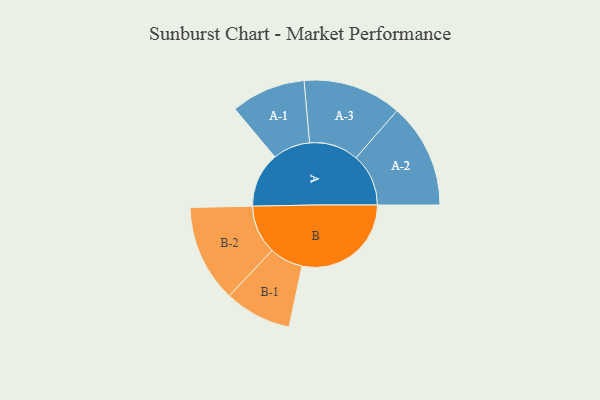
{"axis": {"x": "Segment", "y": "Value"}, "legend": ["", "A", "B"], "data": [{"x": "A", "y": 206, "type": ""}, {"x": "B", "y": 410, "type": ""}, {"x": "A-1", "y": 140, "type": "A"}, {"x": "A-2", "y": 197, "type": "A"}, {"x": "A-3", "y": 185, "type": "A"}, {"x": "B-1", "y": 126, "type": "B"}, {"x": "B-2", "y": 183, "type": "B"}]}